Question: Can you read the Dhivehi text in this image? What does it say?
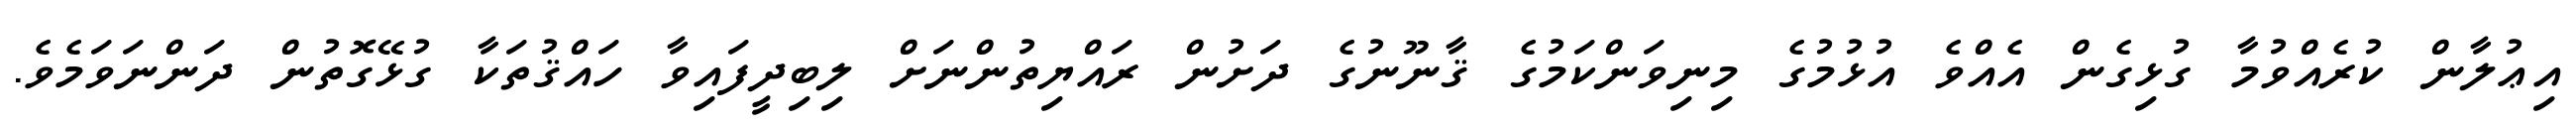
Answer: އިޢުލާން ކުރެއްވުމާ ގުޅިގެން އެއްވެ އުޅުމުގެ މިނިވަންކަމުގެ ޤާނޫނުގެ ދަށުން ރައްޔިތުންނަށް ލިބިދީފައިވާ ހައްޤުތަކާ ގުޅޭގޮތުން ދަންނަވަމެވެ.